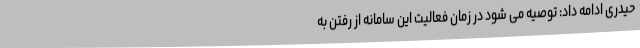
حیدری ادامه داد: توصیه می شود در زمان فعالیت این سامانه از رفتن به